Structure of Hæmatopota pluvialis (Meigen) - Number 55
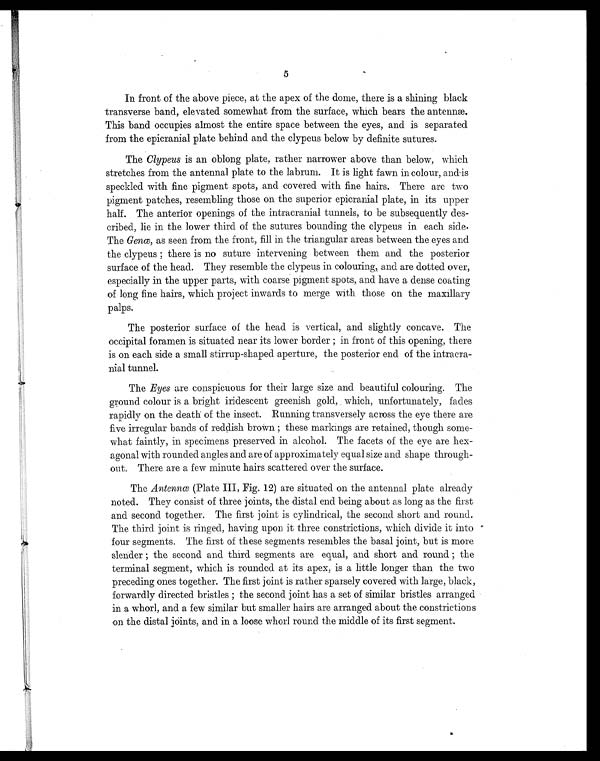
5
In front of the above piece, at the apex of the dome, there is a shining black
transverse band, elevated somewhat from the surface, which bears the antennæ.
This band occupies almost the entire space between the eyes, and is separated
from the epicranial plate behind and the clypeus below by definite sutures.
The Clypeus is an oblong plate, rather narrower above than below, which
stretches from the antennal plate to the labrum. It is light fawn in colour, and is
speckled with fine pigment spots, and covered with fine hairs. There are two
pigment patches, resembling those on the superior epicranial plate, in its upper
half. The anterior openings of the intracranial tunnels, to be subsequently des
- cribed, lie in the lower third of the sutures bounding the clypeus in each side.
The Genœ, as seen from the front, fill in the triangular areas between the eyes and
the clypeus; there is no suture intervening between them and the posterior
surface of the head. They resemble the clypeus in colouring, and are dotted over,
especially in the upper parts, with coarse pigment spots, and have a dense coating
of long fine hairs, which project inwards to merge with those on the maxillary
palps.
The posterior surface of the head is vertical, and slightly concave. The
occipital foramen is situated near its lower border; in front of this opening, there
is on each side a small stirrup-shaped aperture, the posterior end of the intracra
- nial tunnel.
The Eyes are conspicuous for their large size and beautiful colouring. The
ground colour is a bright iridescent greenish gold, which, unfortunately, fades
rapidly on the death of the insect. Running transversely across the eye there are
five irregular bands of reddish brown ; these markings are retained, though some
- what faintly, in specimens preserved in alcohol. The facets of the eye are hex
- agonal with rounded angles and are of approximately equal size and shape through
- out. There are a few minute hairs scattered over the surface.
The Antennœ (Plate III Fig. 12) are situated on the antennal plate already
noted. They consist of three joints, the distal end being about as long as the first
and second together. The first joint is cylindrical, the second short and round.
The third joint is ringed, having upon it three constrictions, which divide it into
four segments. The first of these segments resembles the basal joint, but is more
slender ; the second and third segments are equal, and short and round ; the
terminal segment, which is rounded at its apex, is a little longer than the two
preceding ones together. The first joint is rather sparsely covered with large, black,
forwardly directed bristles ; the second joint has a set of similar bristles arranged
in a whorl, and a few similar but smaller hairs are arranged about the constrictions
on the distal j
oints, and in a loose whorl round the middle of its first segment.
Wel